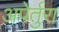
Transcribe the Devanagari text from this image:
अपेर्तुरा